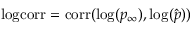
\mathrm { l o g c o r r } = \mathrm { c o r r } ( \log ( p _ { \infty } ) , \log ( \hat { p } ) )